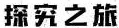
探究之旅